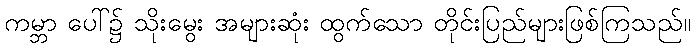
ကမ္ဘာ ပေါ်၌ သိုးမွေး အများဆုံး ထွက်သော တိုင်းပြည်များဖြစ်ကြသည်။